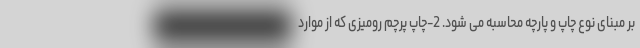
بر مبنای نوع چاپ و پارچه محاسبه می شود. 2-چاپ پرچم رومیزی که از موارد